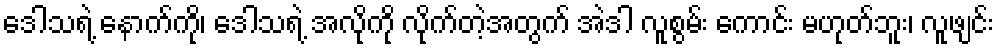
ဒေါသရဲ့ နောက်ကို၊ ဒေါသရဲ့ အလိုကို လိုက်တဲ့အတွက် အဲဒါ လူစွမ်း ကောင်း မဟုတ်ဘူး၊ လူဖျင်း